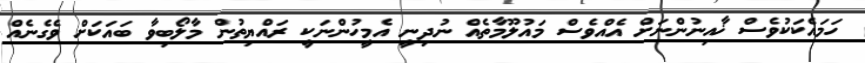
ހަމައެކަކުވެސް ޚާއިނުންނަށް އެއްވެސް މައުލޫމާތެއް ނުދިނީ އެމީހުންނަކީ ރައްޔިތުން މާލޯބިވާ ބައަކަށް ވެގެނެއް